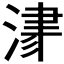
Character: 𣸁